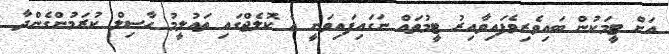
އަށް ޓީމަކުން ބައިވެރިވެފައިވާއިރު ޓީމުތައް ނަގައިފައިވަނީ އެ ކޮލެޖްގައި ތައުލީމު ހާސިލް ކުރަމުންގެންދާ